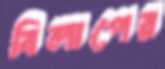
বিলাপের